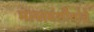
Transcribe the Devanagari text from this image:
मल्लवंशीयांचे